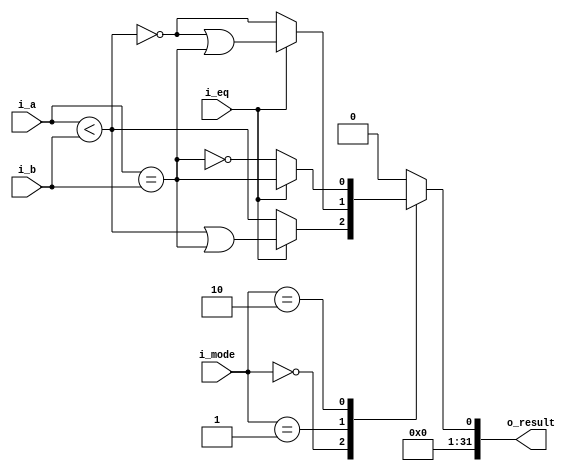
// -----------------------------------------------------------------------------
// comparison module
// -----------------------------------------------------------------------------

module comp (
    input        i_eq,   // 0: without equal, 1: with equal
    input  [1:0] i_mode, // 00: <, 01: >, 1x: ==
    input  signed [31:0] i_a,
    input  signed [31:0] i_b,
    output [31:0] o_result
);

wire is_equal;
reg  result;

assign is_equal = (i_a == i_b);
assign is_smaller = (i_a < i_b);
assign o_result = {31'd0, result};

always @(*) begin
    case (i_mode)
        2'b00: begin
            if (i_eq) result = (is_smaller) | is_equal;
            else      result = is_smaller;
        end
        2'b01: begin
            if (i_eq) result = (~is_smaller) | is_equal;
            else      result = ~is_smaller;
        end
        2'b10: begin
            if (i_eq) result = is_equal;
            else      result = ~is_equal;
        end
        default: result = 0;
    endcase
end

endmodule